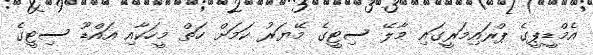
އެމްޑީޕީގެ ޕްރައިމަރީގައި މާލޭ ސިޓީގެ މޭޔަރު ކަމަށް ހަތް މީހަކާއި އައްޑޫ ސިޓީގެ